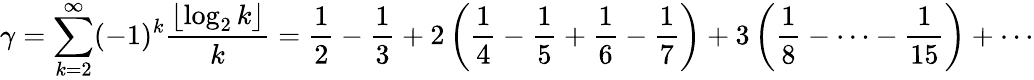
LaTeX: \gamma=\sum_{k=2}^{\infty}(-1)^{k}{\frac{\left\lfloor\log_{2}k\right\rfloor}{k}}={\frac{1}{2}}-{\frac{1}{3}}+2\left({\frac{1}{4}}-{\frac{1}{5}}+{\frac{1}{6}}-{\frac{1}{7}}\right)+3\left({\frac{1}{8}}-\cdots-{\frac{1}{15}}\right)+\cdots